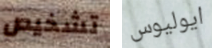
تشخيص ايوليوس